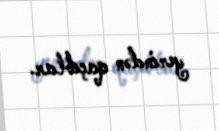
yerindən qaçıblar.